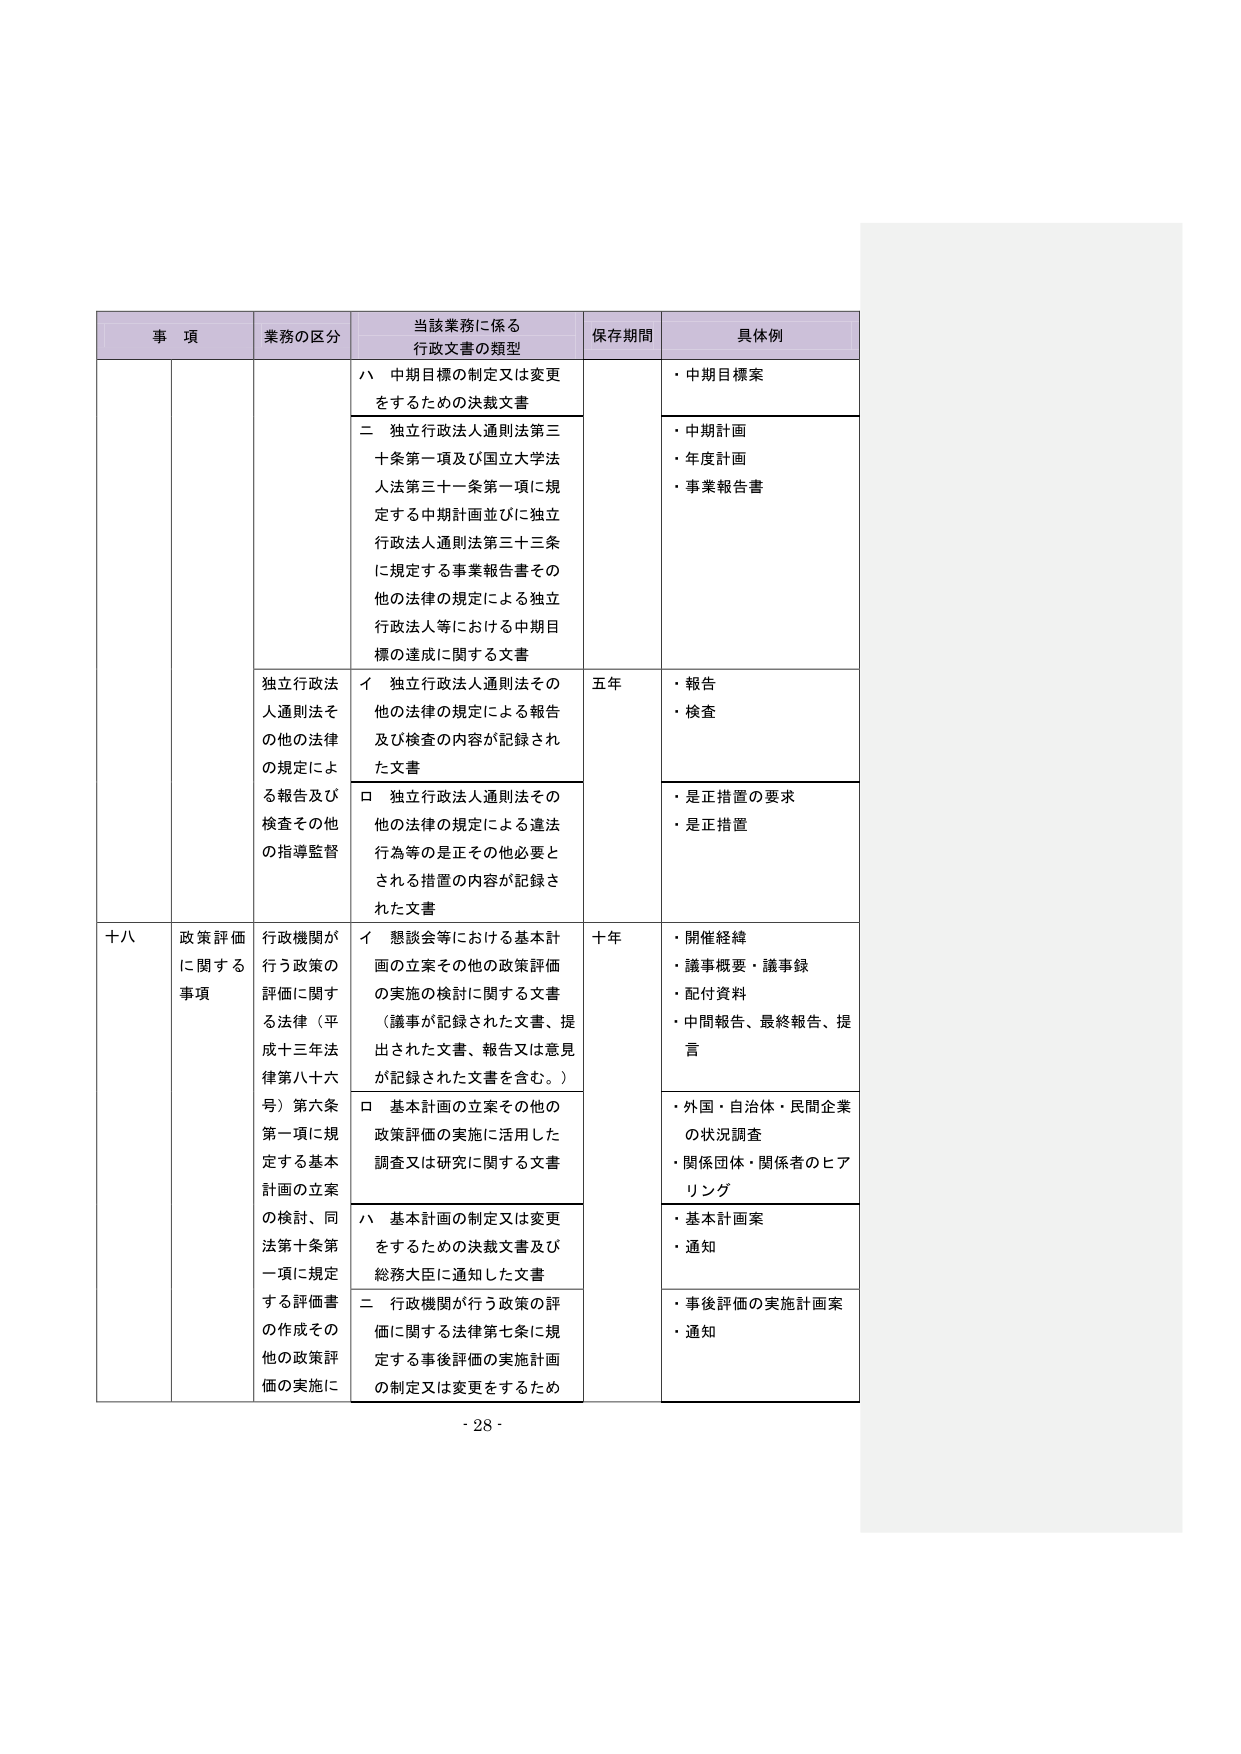
事 項 業務の区分 当該業務に係る 行政文書の類型 保存期間 具体例 ハ 中期目標の制定又は変更 をするための決裁文書 ・中期目標案 二 独立行政法人通則法第三 十条第一項及び国立大学法 人法第三十一条第一項に規 定する中期計画並びに独立 行政法人通則法第三十三条 に規定する事業報告書その 他の法律の規定による独立 行政法人等における中期目 標の達成に関する文書 ・中期計画 ・年度計画 ・事業報告書 独立行政法 人通則法そ の他の法律 の規定によ る報告及び 検査その他 の指導監督 イ 独立行政法人通則法その 他の法律の規定による報告 及び検査の内容が記録され た文書 五年 ・報告 ・検査 ロ 独立行政法人通則法その 他の法律の規定による違法 行為等の是正その他必要と される措置の内容が記録さ れた文書 ・是正措置の要求 ・是正措置 十八 政策評価 に関する 事項 行政機関が 行う政策の 評価に関す る法律（平 成十三年法 律第八十六 号）第六条 第一項に規 定する基本 計画の立案 の検討、同 法第十条第 一項に規定 する評価書 の作成その 他の政策評 価の実施に イ 懇談会等における基本計 画の立案その他の政策評価 の実施の検討に関する文書 （議事が記録された文書、提 出された文書、報告又は意見 が記録された文書を含む。） 十年 ・開催経緯 ・議事概要・議事録 ・配付資料 ・中間報告、最終報告、提 言 ロ 基本計画の立案その他の 政策評価の実施に活用した 調査又は研究に関する文書 ・外国・自治体・民間企業 の状況調査 ・関係団体・関係者のヒア リング ハ 基本計画の制定又は変更 をするための決裁文書及び 総務大臣に通知した文書 ・基本計画案 ・通知 二 行政機関が行う政策の評 価に関する法律第七条に規 定する事後評価の実施計画 の制定又は変更をするため ・事後評価の実施計画案 ・通知 - 28 -